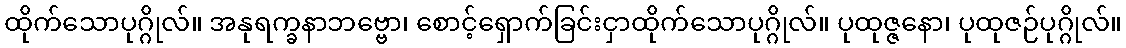
ထိုက်သောပုဂ္ဂိုလ်။ အနုရက္ခနာဘဗ္ဗော၊ စောင့်ရှောက်ခြင်းငှာထိုက်သောပုဂ္ဂိုလ်။ ပုထုဇ္ဇနော၊ ပုထုဇဉ်ပုဂ္ဂိုလ်။